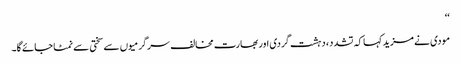
‘‘
مودی نے مزید کہا کہ تشدد، دہشت گردی اور بھارت مخالف سرگرمیوں سے سختی سے نمٹا جائے گا۔